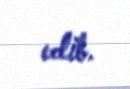
edib.